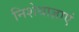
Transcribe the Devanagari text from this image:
निशेधाज्ञाएं